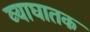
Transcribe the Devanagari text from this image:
व्याघातक